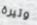
وتيرة